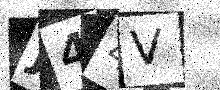
Text: J44V